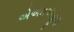
એએમએજીબી